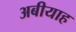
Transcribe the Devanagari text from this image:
अबीयाह